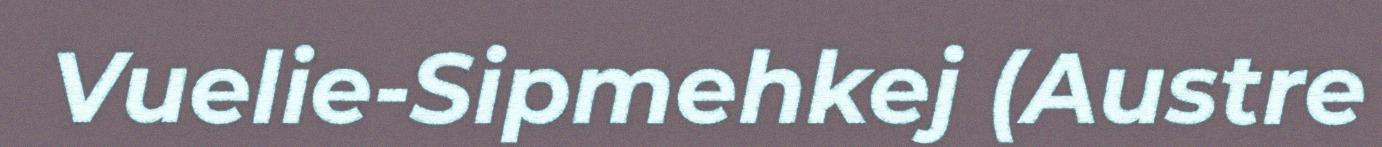
Vuelie-Sipmehkej (Austre